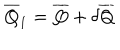
\overline { { { Q } } } _ { 1 } = \overline { { { Q } } } + \delta \overline { { { Q } } }